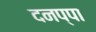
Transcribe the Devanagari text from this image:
दनप्पा